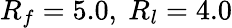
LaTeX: R_{f}=5.0,\ R_{l}=4.0